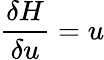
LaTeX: \frac{\delta H}{\delta u}=u